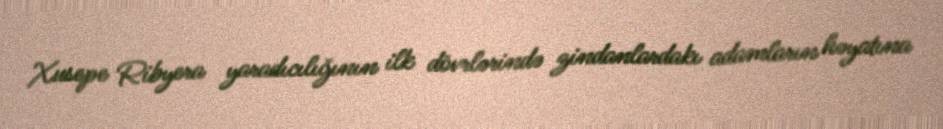
Xusepe Ribyera yaradıcılığının ilk dövrlərində zindanlardakı adamların həyatına